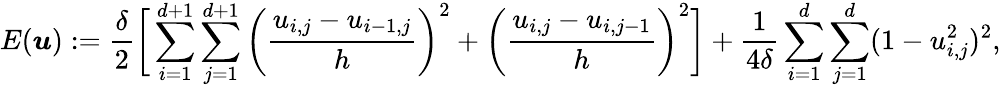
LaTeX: E(\boldsymbol{u}):=\frac{\delta}{2}\bigg[\sum_{i=1}^{d+1}\sum_{j=1}^{d+1}\bigg(\frac{u_{i,j}-u_{i-1,j}}{h}\bigg)^{2}+\bigg(\frac{u_{i,j}-u_{i,j-1}}{h}\bigg)^{2}\bigg]+\frac{1}{4\delta}\sum_{i=1}^{d}\sum_{j=1}^{d}(1-u_{i,j}^{2})^{2},